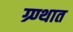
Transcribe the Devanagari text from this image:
ग्र्ण्थात